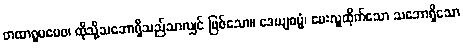
တထာရူပမေဝ၊ ထိုသို့သဘောရှိသည်သာလျှင် ဖြစ်သော။ ဒေယျဓမ္မံ၊ မေးလှူထိုက်သော သဘောရှိသော